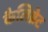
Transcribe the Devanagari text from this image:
कैलिब्रेट